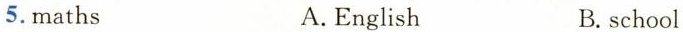
5. maths A.English B.school